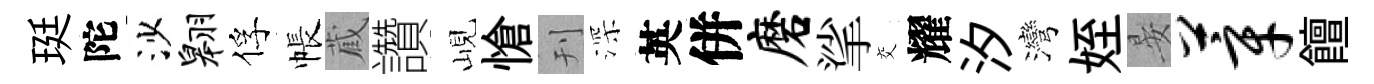
珽陀沙翱俘帳蔵讚峴愴刊深英併磨挲交耀汐灣姪晏莘饘